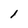
Character: l